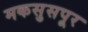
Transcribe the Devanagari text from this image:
मकसुसपूर